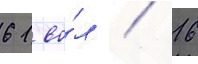
61 во́л / 16